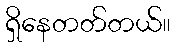
ရှိနေတတ်တယ်။